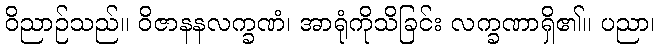
ဝိညာဉ်သည်။ ဝိဇာနနလက္ခဏံ၊ အာရုံကိုသိခြင်း လက္ခဏာရှိ၏။ ပညာ၊